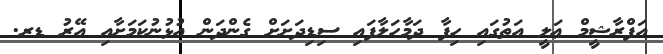
އަފްރާޝީމް ޢަލީ އަތުގައި ހިފާ ދަމާހަލާފައި ސިޑިދަށަށް ގެންދަން އުޅުނުކަމަށާއި އޭރު ޑރ.